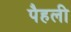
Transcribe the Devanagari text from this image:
पैहली